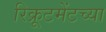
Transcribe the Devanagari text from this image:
रिक्रूटमेंटच्या